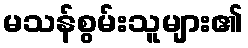
မသန်စွမ်းသူများ၏